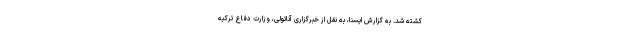
کشته شد. به گزارش ایسنا، به نقل از خبرگزاری آناتولی، وزارت دفاع ترکیه